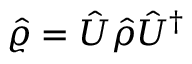
\hat { \varrho } = \hat { U } \hat { \rho } \hat { U } ^ { \dag }